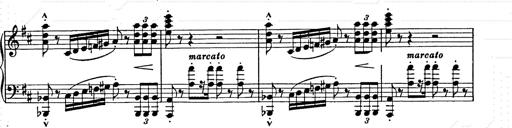
Title: Ballade No.2
Composer: Jan Skrzydlewski
Key: B minor